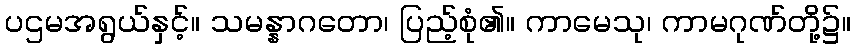
ပဌမအရွယ်နှင့်။ သမန္နာဂတော၊ ပြည့်စုံ၏။ ကာမေသု၊ ကာမဂုဏ်တို့၌။